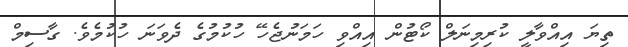
ތިޔަ އިއްވާލީ ކުރިމިނަލް ކޯޓުން އިއްވި ހަމަނުޖެހޭ ހުކުމުގެ ދެވަނަ ހުކުމެވެ. ގާސިމް